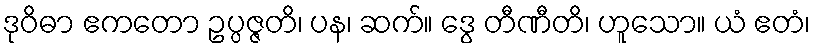
ဒုဝိဓာ ဧကတော ဥပ္ပဇ္ဇတိ၊ ပန၊ ဆက်။ ဒွေ တီဏီတိ၊ ဟူသော။ ယံ ဧတံ၊